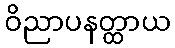
ဝိညာပနတ္ထာယ